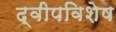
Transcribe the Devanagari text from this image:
द्वीपविशेष